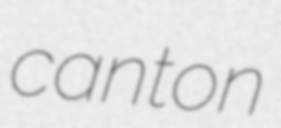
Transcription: canton